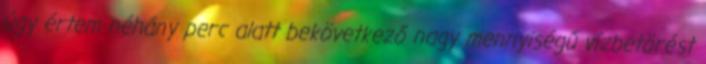
úgy értem néhány perc alatt bekövetkező nagy mennyiségű vízbetörést